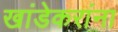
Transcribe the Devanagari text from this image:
खांडेकरांना